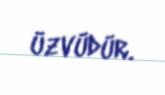
üzvüdür.